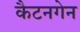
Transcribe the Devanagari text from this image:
कैटनगेन